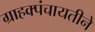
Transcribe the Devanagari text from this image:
ग्राहक्पंचायतीने